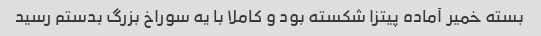
بسته خمیر آماده پیتزا شکسته بود و کاملا با یه سوراخ بزرگ بدستم رسید